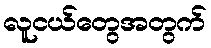
လူငယ်တွေအတွက်